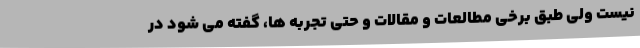
نیست ولی طبق برخی مطالعات و مقالات و حتی تجربه ها، گفته می شود در